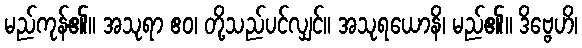
မည်ကုန်၏။ အသုရာ ဧဝ၊ တို့သည်ပင်လျှင်။ အသုရယောနိ၊ မည်၏။ ဒိဗ္ဗေဟိ၊